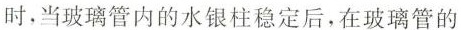
时，当玻璃管内的水银柱稳定后，在玻璃管的